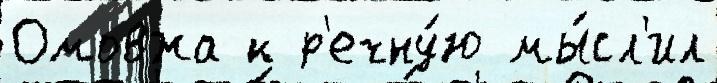
Омовжа к р'ечну́ю мы́сл'ил